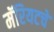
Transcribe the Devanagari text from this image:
मॅरियटचे